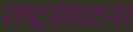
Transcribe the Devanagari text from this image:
राष्ट्रसंघटना